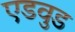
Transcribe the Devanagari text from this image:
एडवुड